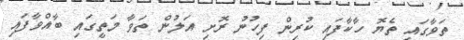
ތަވާގައި ތެޔޮ ހާކާފައި ކުރިން ފިހުނު ރޮށި އަލުން ތަވާ މަތީގައި ބާއްވާފައި